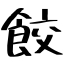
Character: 餃